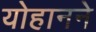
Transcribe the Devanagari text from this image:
योहानने